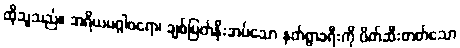
ထိုသူသည်။ အရိယမဂ္ဂါဝရော၊ ချစ်မြတ်နိုးအပ်သော နတ်ရွာခရီးကို ပိတ်ဆီးတတ်သော